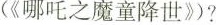
(《哪吒之魔童降世》)?